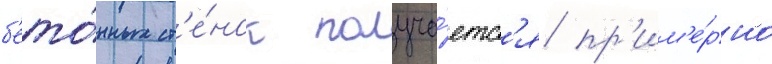
б'ето́нных ст'е́нок получа́етс'я пр'им'е́рно